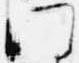
門